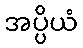
အပ္ပိယံ